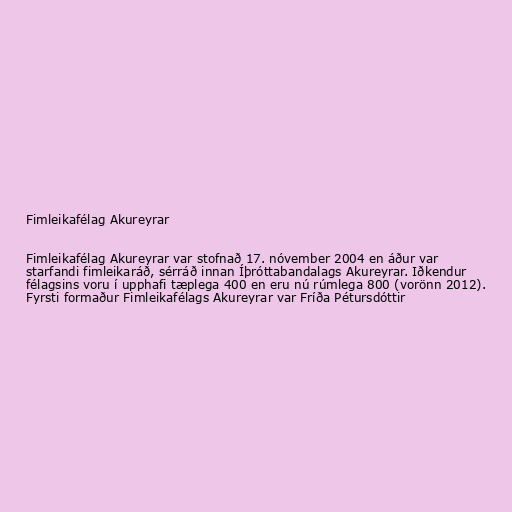
Fimleikafélag Akureyrar

Fimleikafélag Akureyrar var stofnað 17. nóvember 2004 en áður var
starfandi fimleikaráð, sérráð innan Íþróttabandalags Akureyrar. Iðkendur
félagsins voru í upphafi tæplega 400 en eru nú rúmlega 800 (vorönn 2012).
Fyrsti formaður Fimleikafélags Akureyrar var Fríða Pétursdóttir